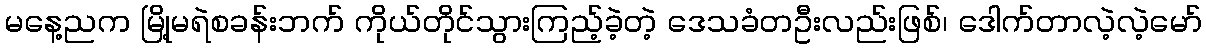
မနေ့ညက မြို့မရဲစခန်းဘက် ကိုယ်တိုင်သွားကြည့်ခဲ့တဲ့ ဒေသခံတဦးလည်းဖြစ်၊ ဒေါက်တာလဲ့လဲ့မော်